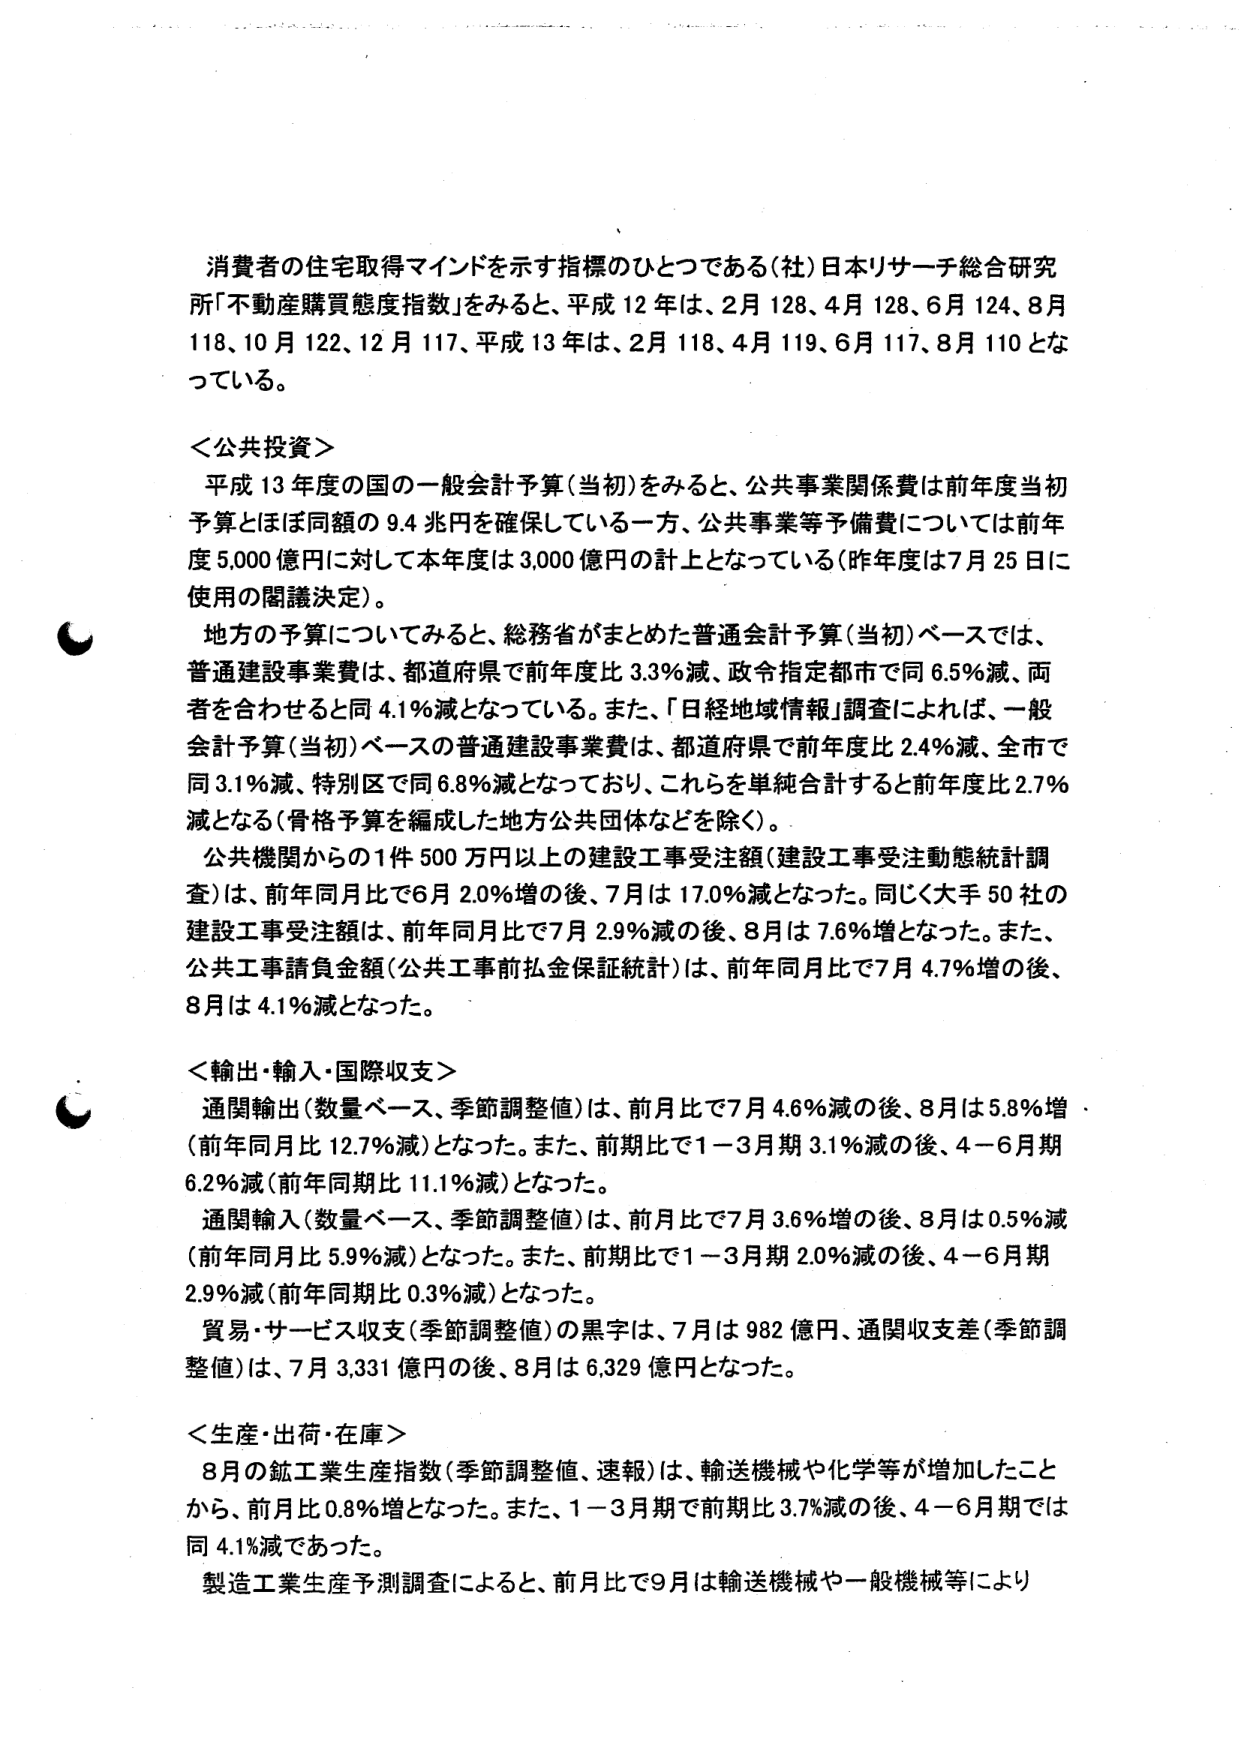
消費者の住宅取得マインドを示す指標のひとつである（社）日本リサーチ総合研究所「不動産購買態度指数」をみると、平成12年は、2月128、4月128、6月124、8月118、10月122、12月117、平成13年は、2月118、4月119、6月117、8月110となっている。

＜公共投資＞
平成13年度の国の一般会計予算（当初）をみると、公共事業関係費は前年度当初予算とほぼ同額の9.4兆円を確保している一方、公共事業等予備費については前年度5,000億円に対して本年度は3,000億円の計上となっている（昨年度は7月25日に使用の閣議決定）。
地方の予算についてみると、総務省がまとめた普通会計予算（当初）ベースでは、普通建設事業費は、都道府県で前年度比3.3％減、政令指定都市で同6.5％減、両者を合わせると同4.1％減となっている。また、「日経地域情報」調査によれば、一般会計予算（当初）ベースの普通建設事業費は、都道府県で前年度比2.4％減、全市で同3.1％減、特別区で同6.8％減となっており、これらを単純合計すると前年度比2.7％減となる（骨格予算を編成した地方公共団体などを除く）。
公共機関からの1件500万円以上の建設工事受注額（建設工事受注動態統計調査）は、前年同月比で6月2.0％増の後、7月は17.0％減となった。同じく大手50社の建設工事受注額は、前年同月比で7月2.9％減の後、8月は7.6％増となった。また、公共工事請負金額（公共工事前払金保証統計）は、前年同月比で7月4.7％増の後、8月は4.1％減となった。

＜輸出・輸入・国際収支＞
通関輸出（数量ベース、季節調整値）は、前月比で7月4.6％減の後、8月は5.8％増（前年同月比12.7％減）となった。また、前期比で1－3月期3.1％減の後、4－6月期6.2％減（前年同期比11.1％減）となった。
通関輸入（数量ベース、季節調整値）は、前月比で7月3.6％増の後、8月は0.5％減（前年同月比5.9％減）となった。また、前期比で1－3月期2.0％減の後、4－6月期2.9％減（前年同期比0.3％減）となった。
貿易・サービス収支（季節調整値）の黒字は、7月は982億円、通関収支差（季節調整値）は、7月3,331億円の後、8月は6,329億円となった。

＜生産・出荷・在庫＞
8月の鉱工業生産指数（季節調整値、速報）は、輸送機械や化学等が増加したことから、前月比0.8％増となった。また、1－3月期で前期比3.7％減の後、4－6月期では同4.1％減であった。
製造工業生産予測調査によると、前月比で9月は輸送機械や一般機械等により